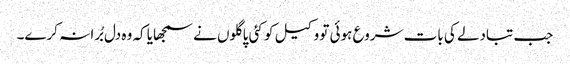
جب تبادلے کی بات شروع ہوئی تو وکیل کو کئی پاگلوں نے سمجھایا کہ وہ دل بُرا نہ کرے۔